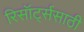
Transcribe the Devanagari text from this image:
रिसॉर्ट्ससाठी